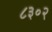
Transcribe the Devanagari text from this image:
८३०२